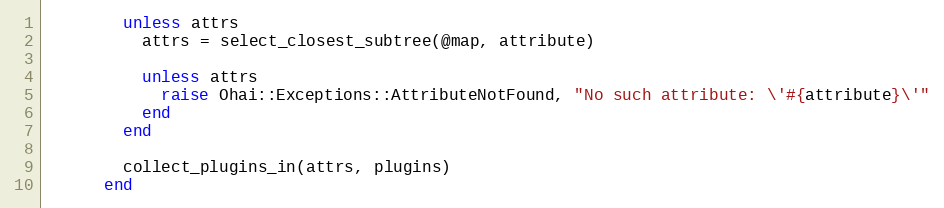
Language: Ruby
        unless attrs
          attrs = select_closest_subtree(@map, attribute)

          unless attrs
            raise Ohai::Exceptions::AttributeNotFound, "No such attribute: \'#{attribute}\'"
          end
        end

        collect_plugins_in(attrs, plugins)
      end